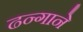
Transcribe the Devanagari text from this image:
ढन्गाने